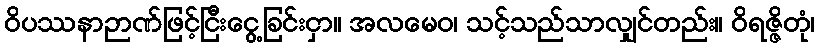
ဝိပဿနာဉာဏ်ဖြင့်ငြီးငွေ့ခြင်းငှာ။ အလမေဝ၊ သင့်သည်သာလျှင်တည်း။ ဝိရဇ္ဇိတုံ၊